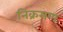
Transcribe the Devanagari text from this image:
निक्रमण